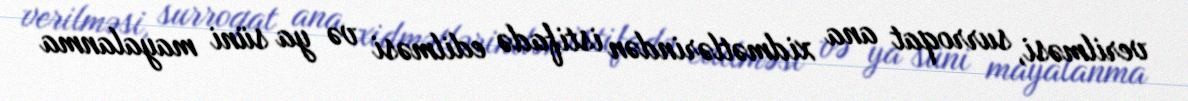
verilməsi, surroqat ana xidmətlərindən istifadə edilməsi və ya süni mayalanma